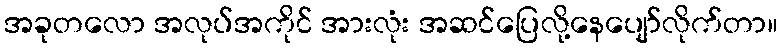
အခုတလော အလုပ်အကိုင် အားလုံး အဆင်ပြေလို့နေပျော်လိုက်တာ။